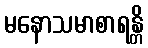
မနောသမာစာရန္တိ